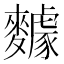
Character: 𪍸